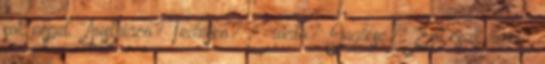
sok népet. "Austriaco? Tedesco? Croato? Inglese?" Esti csak rázta.